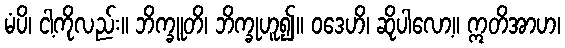
မံပိ၊ ငါ့ကိုလည်း။ ဘိက္ခူတိ၊ ဘိက္ခုဟူ၍။ ဝဒေဟိ၊ ဆိုပါလော့။ ဣတိအာဟ၊